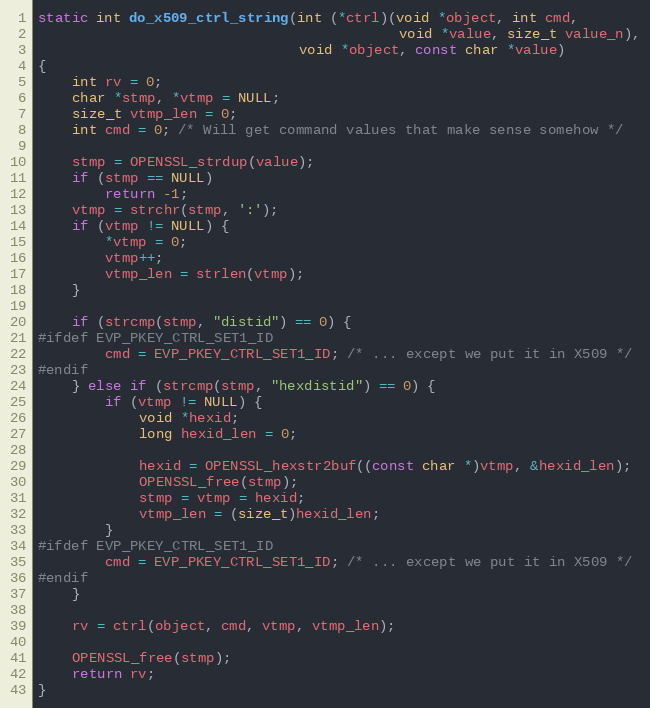
Language: C
static int do_x509_ctrl_string(int (*ctrl)(void *object, int cmd,
                                           void *value, size_t value_n),
                               void *object, const char *value)
{
    int rv = 0;
    char *stmp, *vtmp = NULL;
    size_t vtmp_len = 0;
    int cmd = 0; /* Will get command values that make sense somehow */

    stmp = OPENSSL_strdup(value);
    if (stmp == NULL)
        return -1;
    vtmp = strchr(stmp, ':');
    if (vtmp != NULL) {
        *vtmp = 0;
        vtmp++;
        vtmp_len = strlen(vtmp);
    }

    if (strcmp(stmp, "distid") == 0) {
#ifdef EVP_PKEY_CTRL_SET1_ID
        cmd = EVP_PKEY_CTRL_SET1_ID; /* ... except we put it in X509 */
#endif
    } else if (strcmp(stmp, "hexdistid") == 0) {
        if (vtmp != NULL) {
            void *hexid;
            long hexid_len = 0;

            hexid = OPENSSL_hexstr2buf((const char *)vtmp, &hexid_len);
            OPENSSL_free(stmp);
            stmp = vtmp = hexid;
            vtmp_len = (size_t)hexid_len;
        }
#ifdef EVP_PKEY_CTRL_SET1_ID
        cmd = EVP_PKEY_CTRL_SET1_ID; /* ... except we put it in X509 */
#endif
    }

    rv = ctrl(object, cmd, vtmp, vtmp_len);

    OPENSSL_free(stmp);
    return rv;
}